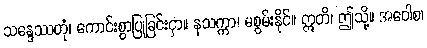
သန္ဒေဿတုံ၊ ကောင်းစွာပြုခြင်းငှာ။ နသက္ကာ၊ မစွမ်းနိုင်။ ဣတိ၊ ဤသို့။ အဝေါစ၊